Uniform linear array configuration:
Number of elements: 8
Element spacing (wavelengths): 0.75
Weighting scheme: exponential
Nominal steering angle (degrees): -15
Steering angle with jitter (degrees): -16.346
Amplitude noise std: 0.05
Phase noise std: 0.05

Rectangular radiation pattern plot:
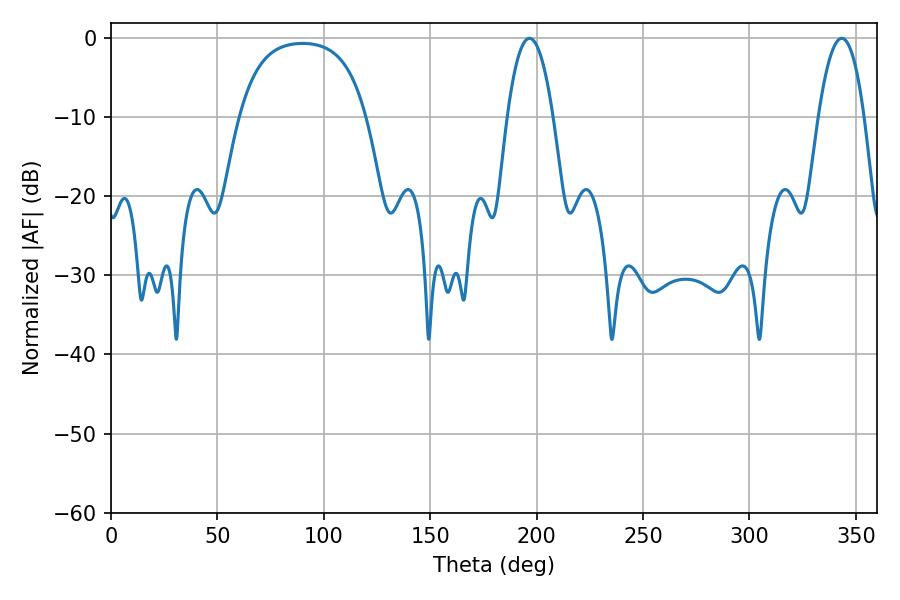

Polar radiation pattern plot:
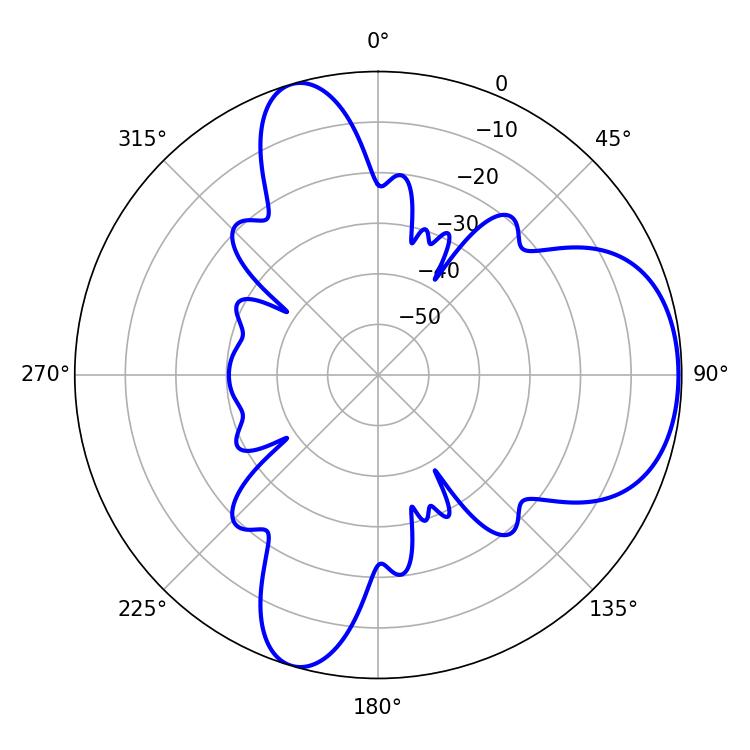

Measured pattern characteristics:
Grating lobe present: TRUE
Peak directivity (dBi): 6.339
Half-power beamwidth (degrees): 11.88
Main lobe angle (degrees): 196.56